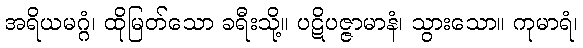
အရိယမဂ္ဂံ၊ ထိုမြတ်သော ခရီးသို့။ ပဋိပဇ္ဇာမာနံ၊ သွားသော။ ကုမာရံ၊